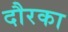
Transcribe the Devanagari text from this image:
दौरका